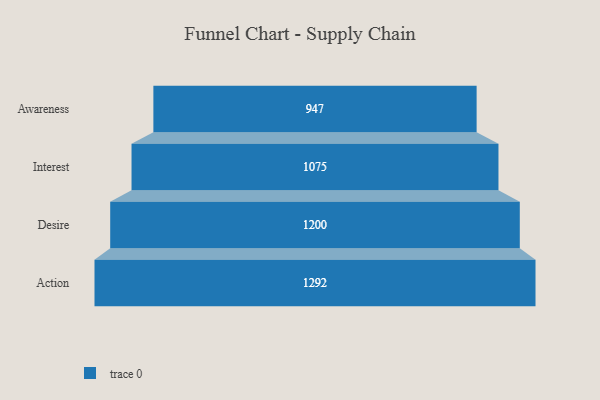
{"axis": {"x": "Stage", "y": "Value"}, "legend": [""], "data": [{"x": "Awareness", "y": 947.0, "type": ""}, {"x": "Interest", "y": 1075.0, "type": ""}, {"x": "Desire", "y": 1200.0, "type": ""}, {"x": "Action", "y": 1292.0, "type": ""}]}